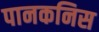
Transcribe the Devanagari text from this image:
पानकनिस